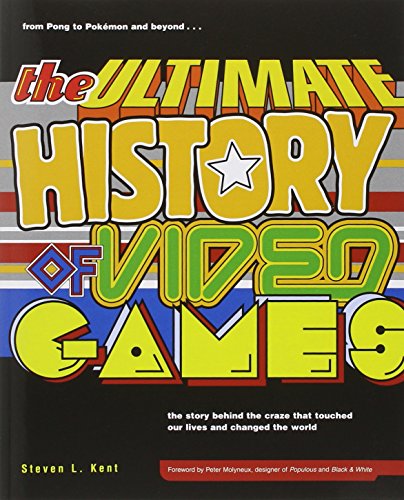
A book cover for The Ultimate History of Video Games: From Pong to Pokemon--The Story Behind the Craze That Touched Our Lives and Changed the World; Steven Kent; Humor & Entertainment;